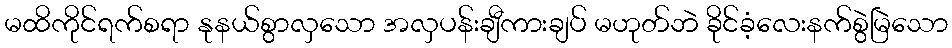
မထိကိုင်ရက်စရာ နုနယ်စွာလှသော အလှပန်းချီကားချပ် မဟုတ်ဘဲ ခိုင်ခံ့လေးနက်စွဲမြဲသော